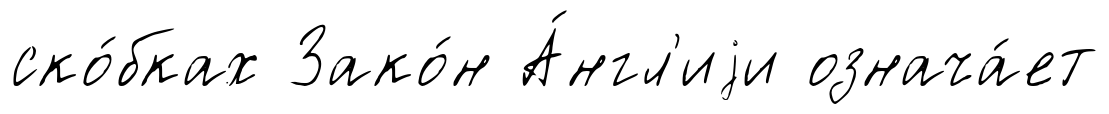
ско́бках Зако́н А́нгл'иjи означа́ет